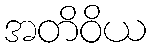
အတိဝိယ